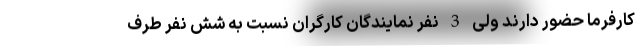
کارفرما حضور دارند ولی 3 نفر نمایندگان کارگران نسبت به شش نفر طرف